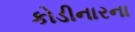
કોડીનારના